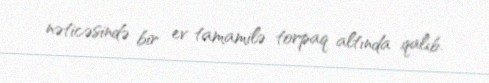
nəticəsində bir ev tamamilə torpaq altında qalıb.